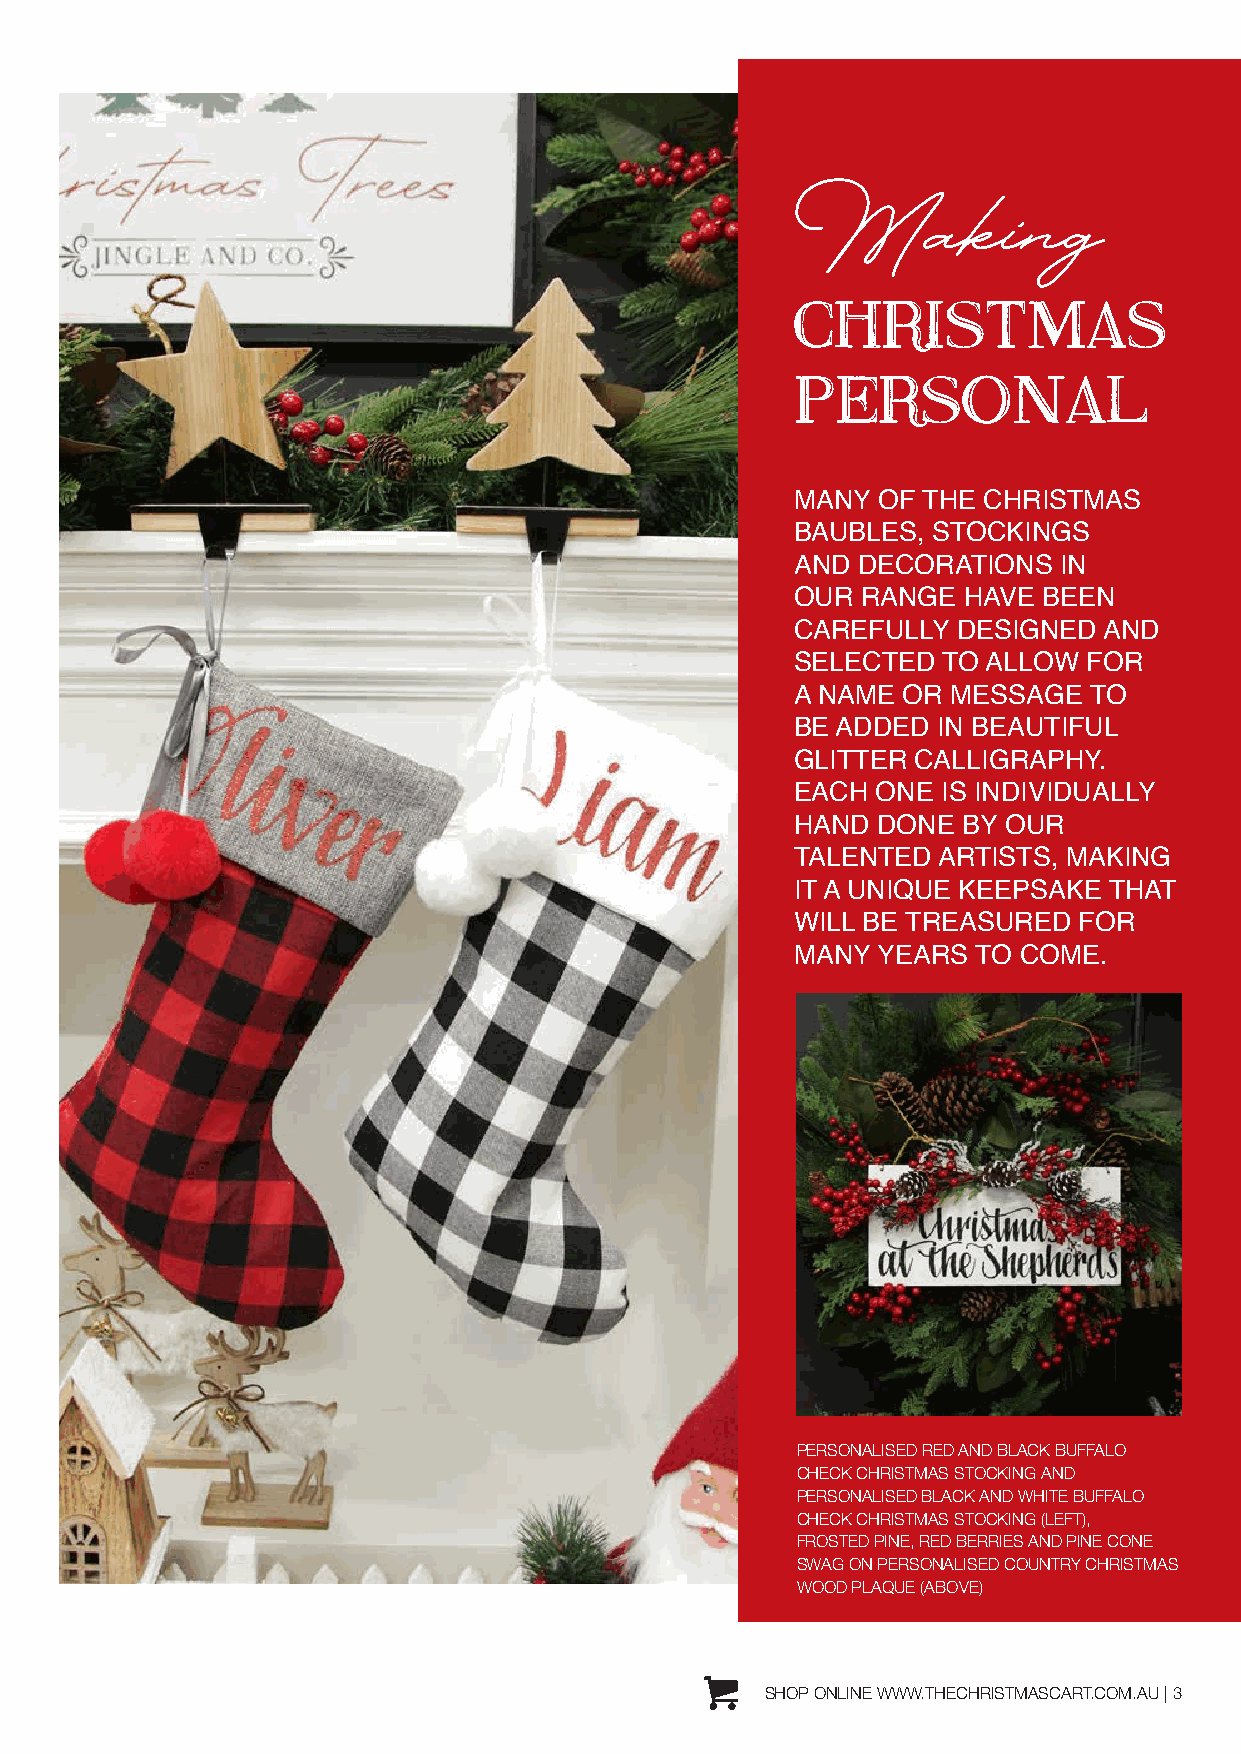
Making
 CHRISTMAS
 PERSONAL
 MANY OF THE CHRISTMAS
 BAUBLES, STOCKINGS
 AND DECORATIONS  IN
 OUR RANGE  HAVE BEEN
 CAREFULLY DESIGNED  AND
 SELECTED TO ALLOW  FOR
 A NAME OR MESSAGE  TO
 BE ADDED IN BEAUTIFUL
 GLITTER CALLIGRAPHY.
 EACH ONE IS INDIVIDUALLY
 HAND DONE  BY OUR
 TALENTED ARTISTS, MAKING
 IT A UNIQUE KEEPSAKE THAT
 WILL BE TREASURED FOR
 MANY YEARS  TO COME.
 PERSONALISED RED AND BLACK BUFFALO
 CHECK CHRISTMAS STOCKING AND
 PERSONALISED BLACK AND WHITE BUFFALO
 CHECK CHRISTMAS STOCKING (LEFT),
 FROSTED PINE, RED BERRIES AND PINE CONE
 SWAG ON PERSONALISED COUNTRY CHRISTMAS
 WOOD PLAQUE (ABOVE)
 SHOP ONLINE WWW.THECHRISTMASCART.COM.AU | 3